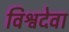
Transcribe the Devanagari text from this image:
विश्वदेवा